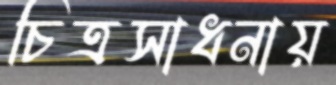
চিত্রসাধনায়